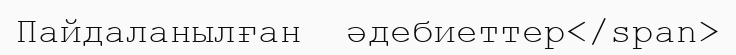
Пайдаланылған  әдебиеттер</span>